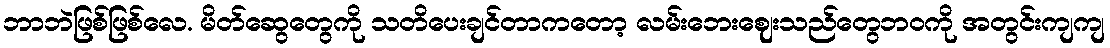
ဘာဘဲဖြစ်ဖြစ်လေ. မိတ်ဆွေတွေကို သတိပေးချင်တာကတော့ လမ်းဘေးဈေးသည်တွေဘဝကို အတွင်းကျကျ